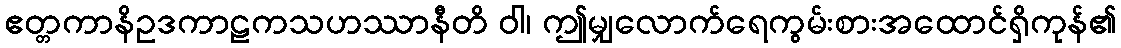
ဧတ္တကာနိဥဒကာဠကသဟဿာနီတိ ဝါ၊ ဤမျှလောက်ရေကွမ်းစားအထောင်ရှိကုန်၏